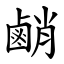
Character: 䴛